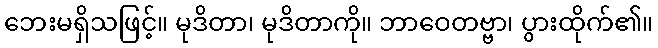
ဘေးမရှိသဖြင့်။ မုဒိတာ၊ မုဒိတာကို။ ဘာဝေတဗ္ဗာ၊ ပွားထိုက်၏။